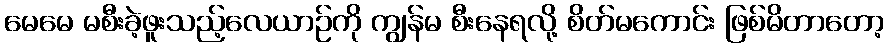
မေမေ မစီးခဲ့ဖူးသည့်လေယာဉ်ကို ကျွန်မ စီးနေရလို့ စိတ်မကောင်း ဖြစ်မိတာတော့